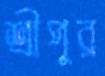
শ্রীপুর